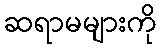
ဆရာမများကို